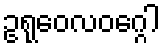
ဥရုဝေလဝဂ္ဂေါ